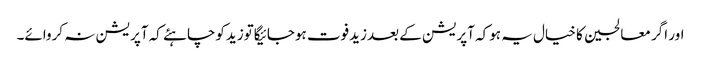
اور اگر معالجین کا خیال یہ ہوکہ آپریشن کے بعدزیدفوت ہوجائیگاتوزیدکوچاہئے کہ آپریشن نہ کروائے۔